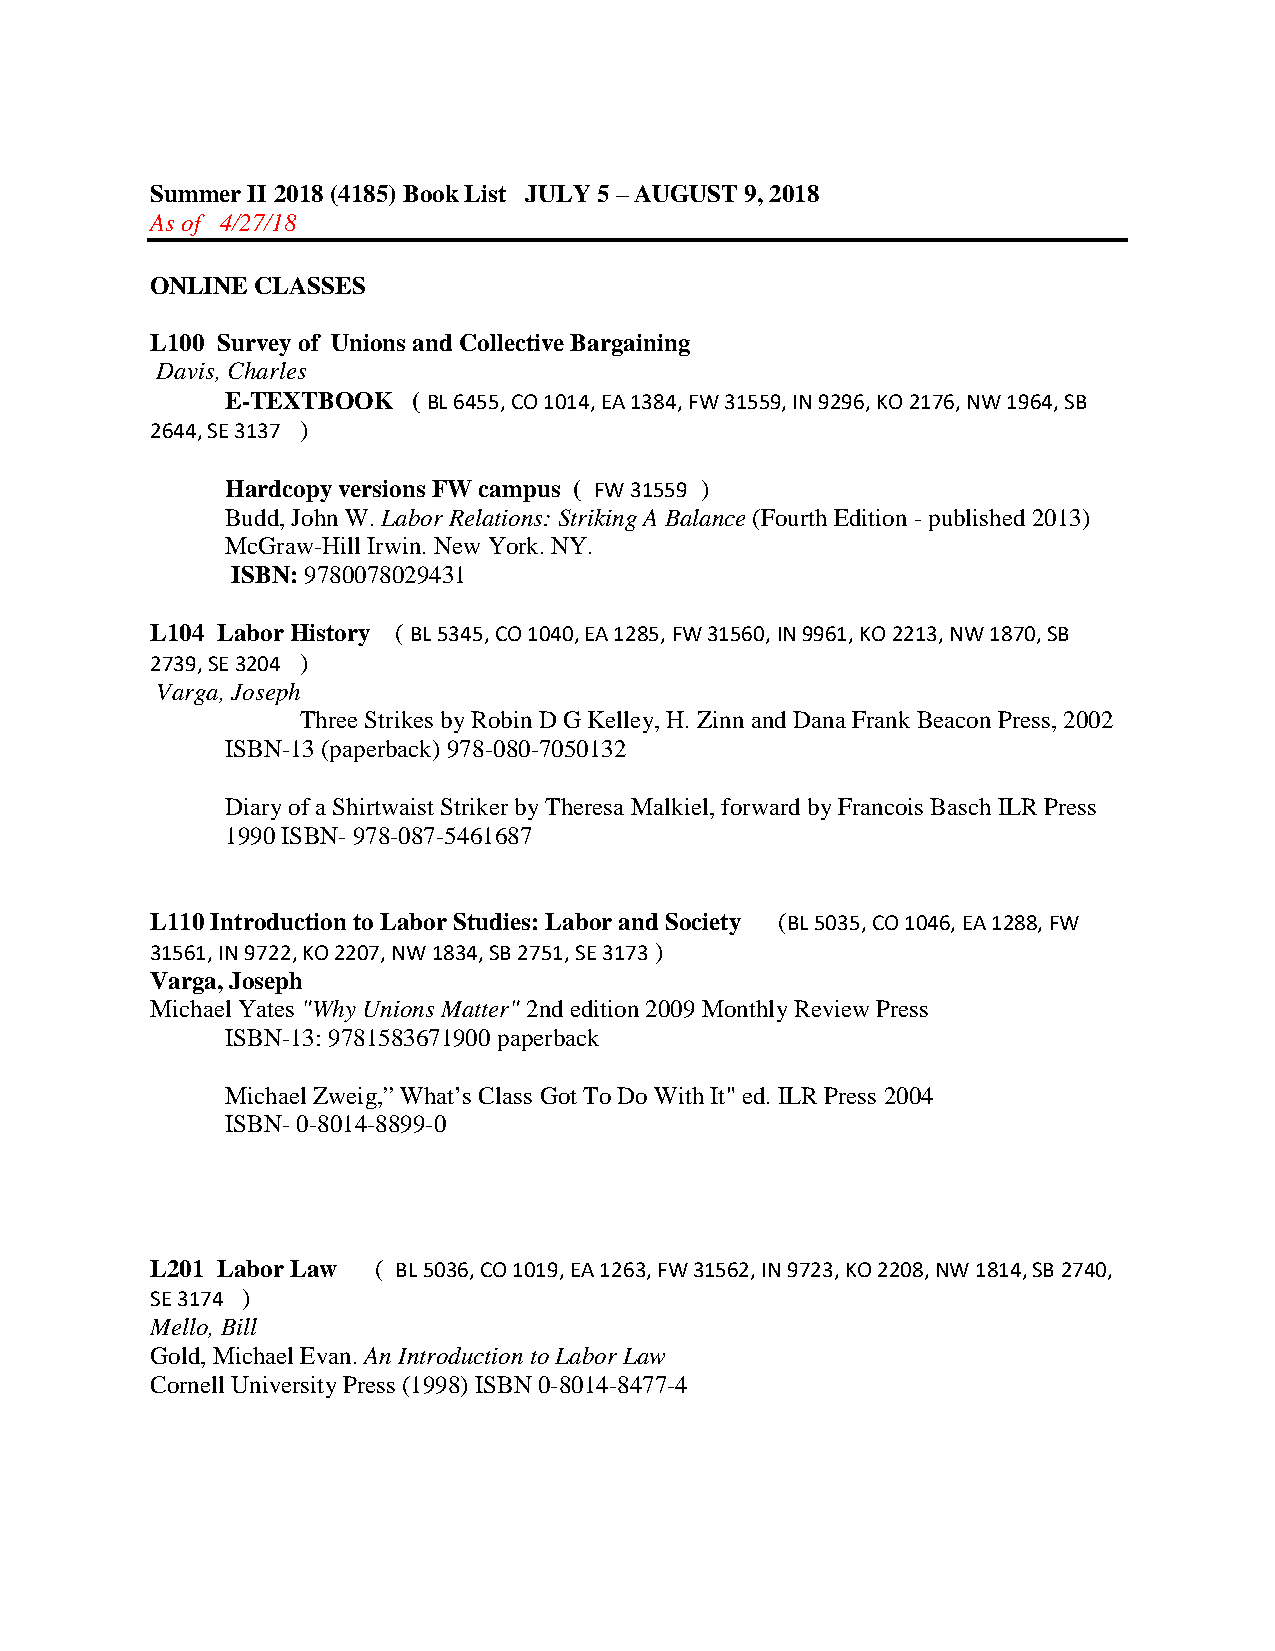
Summer II 2018 (4185) Book List JULY 5 – AUGUST 9, 2018
 As of 4/27/18
 ONLINE CLASSES
 L100 Survey of Unions and Collective Bargaining
 Davis, Charles
 E-TEXTBOOK  ( BL 6455, CO 1014, EA 1384, FW 31559, IN 9296, KO 2176, NW 1964, SB
 2644, SE 3137 )
 Hardcopy versions FW campus ( FW 31559 )
 Budd, John W. Labor Relations: Striking A Balance (Fourth Edition - published 2013)
 McGraw-Hill Irwin. New York. NY.
 ISBN: 9780078029431
 L104 Labor History ( BL 5345, CO 1040, EA 1285, FW 31560, IN 9961, KO 2213, NW 1870, SB
 2739, SE 3204 )
 Varga, Joseph
 Three Strikes by Robin D G Kelley, H. Zinn and Dana Frank Beacon Press, 2002
 ISBN-13 (paperback) 978-080-7050132
 Diary of a Shirtwaist Striker by Theresa Malkiel, forward by Francois Basch ILR Press
 1990 ISBN- 978-087-5461687
 L110 Introduction to Labor Studies: Labor and Society (BL 5035, CO 1046, EA 1288, FW
 31561, IN 9722, KO 2207, NW 1834, SB 2751, SE 3173 )
 Varga, Joseph
 Michael Yates "Why Unions Matter" 2nd edition 2009 Monthly Review Press
 ISBN-13: 9781583671900 paperback
 Michael Zweig,” What’s Class Got To Do With It" ed. ILR Press 2004
 ISBN- 0-8014-8899-0
 L201 Labor Law ( BL 5036, CO 1019, EA 1263, FW 31562, IN 9723, KO 2208, NW 1814, SB 2740,
 SE 3174 )
 Mello, Bill
 Gold, Michael Evan. An Introduction to Labor Law
 Cornell University Press (1998) ISBN 0-8014-8477-4